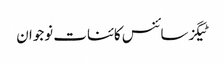
ٹیگزسائنس کائنات نوجوان